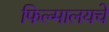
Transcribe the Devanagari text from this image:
फिल्मालयचे